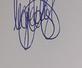
Signature authenticity: genuine